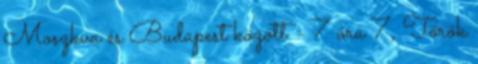
Moszkva és Budapest között - 7 óra 7, Török